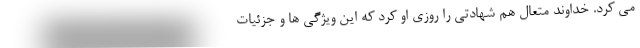
می کرد. خداوند متعال هم شهادتی را روزی او کرد که این ویژگی ها و جزئیات